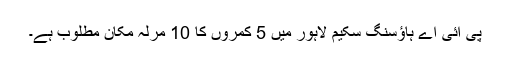
پی آئی اے ہاؤسنگ سکیم لاہور میں 5 کمروں کا 10 مرلہ مکان مطلوب ہے۔